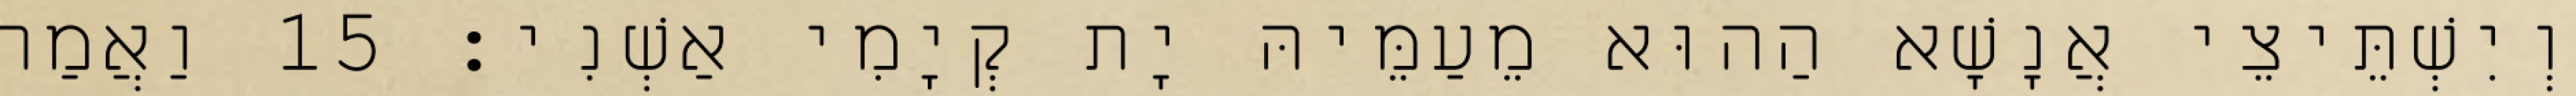
וְיִשְׁתֵּיצֵי אֲנָשָׁא הַהוּא מֵעַמֵּיהּ יָת קְיָמִי אַשְׁנִי׃ 15 וַאֲמַר